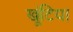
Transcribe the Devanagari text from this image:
खूंटिया